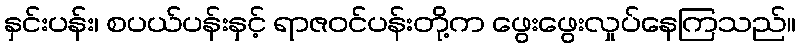
နှင်းပန်း၊ စပယ်ပန်းနှင့် ရာဇဝင်ပန်းတို့က ဖွေးဖွေးလှုပ်နေကြသည်။